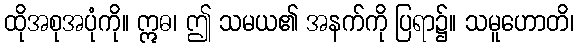
ထိုအစုအပုံကို။ ဣဓ၊ ဤ သမယ၏ အနက်ကို ပြရာ၌။ သမူဟောတိ၊